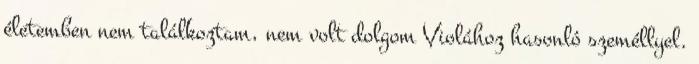
életemben nem találkoztam, nem volt dolgom Violához hasonló személlyel.